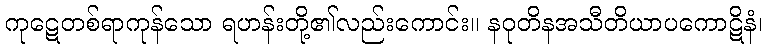
ကုဋေတစ်ရာကုန်သော ရဟန်းတို့၏လည်းကောင်း။ နဝုတိနအသီတိယာပကောဋိနံ၊